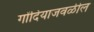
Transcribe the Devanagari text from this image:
गोंदियाजवळील